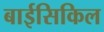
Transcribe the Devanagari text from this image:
बाईसिकिल